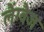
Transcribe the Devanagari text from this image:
लैंग्वैज